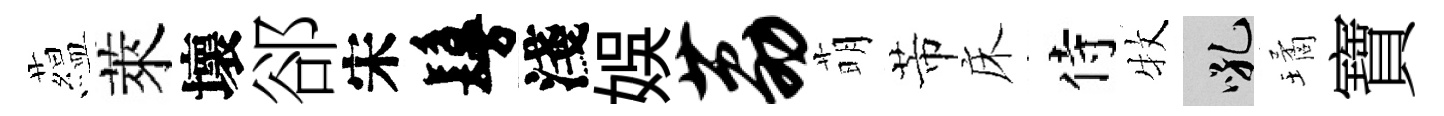
藴萊壞郤宋鬘淺娱荔萌芾床侍牧吼璚寶